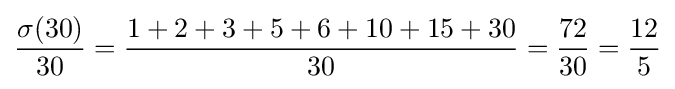
{\dfrac {\sigma (30)}{30}}={\dfrac {1+2+3+5+6+10+15+30}{30}}={\dfrac {72}{30}}={\dfrac {12}{5}}